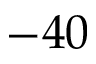
- 4 0